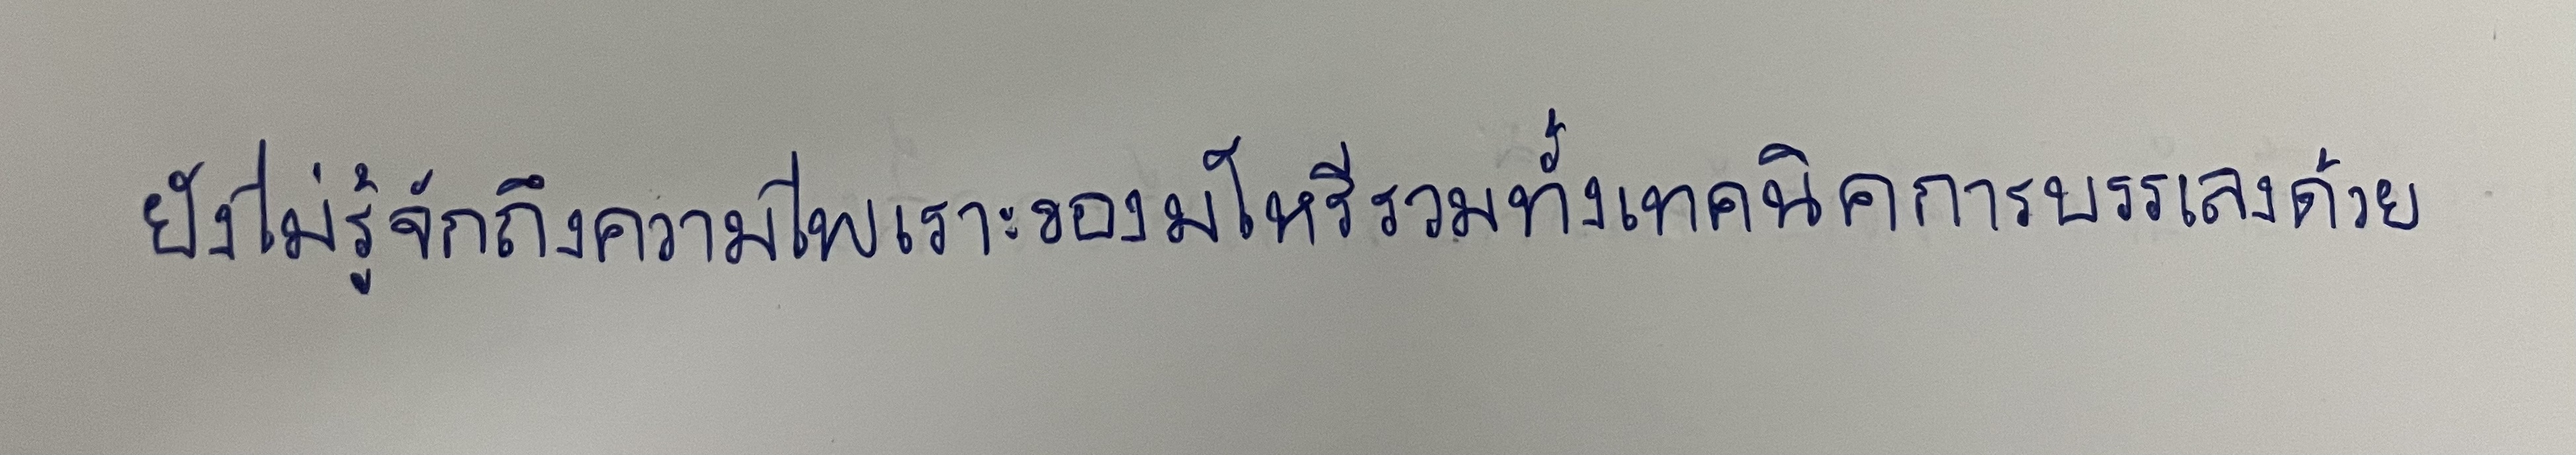
ยังไม่รู้จักถึงความไพเราะของมโหรีรวมทั้งเทคนิคการบรรเลงด้วย